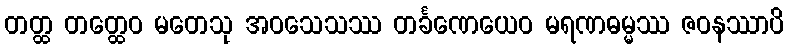
တတ္ထ တတ္ထေဝ မတေသု အဝသေသဿ တင်္ခဏေယေဝ မရဏဓမ္မဿ ဇဝနဿာပိ